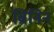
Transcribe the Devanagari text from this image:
ब्रिनिन